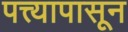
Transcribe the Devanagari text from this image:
पत्त्यापासून